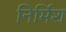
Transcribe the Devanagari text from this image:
निर्मिश